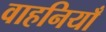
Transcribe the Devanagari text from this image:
वाहनियाँ